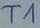
Text: T1